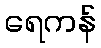
ရေကန်